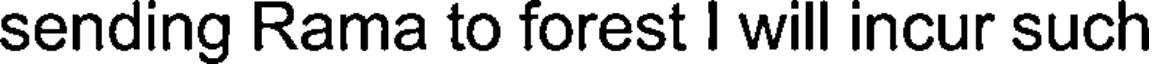
sending Rama to forest I will incur such